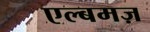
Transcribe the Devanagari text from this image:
एल्बमज़